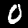
Digit: 0